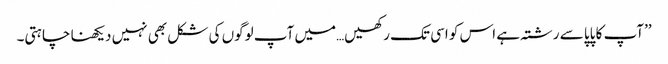
’’آپ کا پاپا سے رشتہ ہے اس کو اسی تک رکھیں…میں آپ لوگوں کی شکل بھی نہیں دیکھنا چاہتی۔